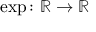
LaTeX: \exp \colon \mathbb { R } \to \mathbb { R }